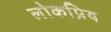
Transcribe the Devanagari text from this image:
लोकप्रिय